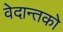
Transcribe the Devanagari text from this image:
वेदान्तकाे